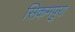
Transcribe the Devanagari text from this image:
सिकमपुरा